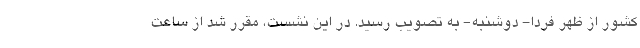
کشور از ظهر فردا- دوشنبه- به تصویب رسید. در این نشست، مقرر شد از ساعت